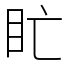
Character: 盳